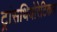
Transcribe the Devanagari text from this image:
ट्रांसथियोरेटिकल